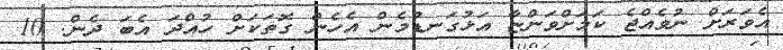
އެވަރަށް ނުވެއްޖެ ކަމަށްވަންޏާ އަޅުގަނޑުމެން އެހެން ގޮތަކަށް ހުއްދަ އެބަ ދެން. 10